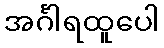
အင်္ဂါရထူပေါ